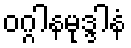
ဝဂ္ဂါနမုဒ္ဒါနံ